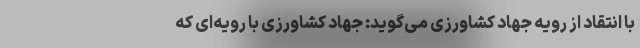
با انتقاد از رویه جهاد کشاورزی می‌گوید: جهاد کشاورزی با رویه‌ای که